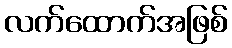
လက်ထောက်အဖြစ်